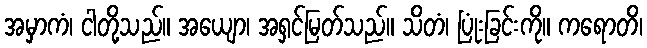
အမှာကံ၊ ငါတို့သည်။ အယျော၊ အရှင်မြတ်သည်။ သိတံ၊ ပြုံးခြင်းကို။ ကရောတိ၊